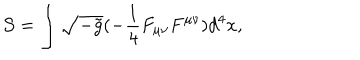
{ \cal S } = \int \sqrt { - \tilde { g } } ( - \frac { 1 } { 4 } F _ { \mu \nu } F ^ { \mu \nu } ) d ^ { 4 } x ,